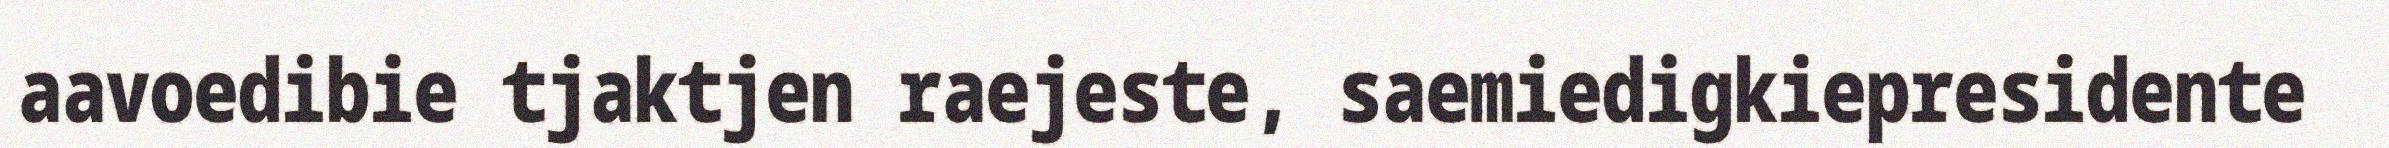
aavoedibie tjaktjen raejeste, saemiedigkiepresidente